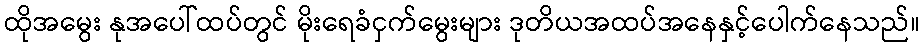
ထိုအမွေး နုအပေါ်ထပ်တွင် မိုးရေခံငှက်မွေးများ ဒုတိယအထပ်အနေနှင့်ပေါက်နေသည်။